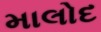
માલોદ